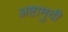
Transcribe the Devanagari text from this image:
अष्टामुदी